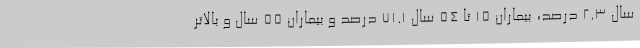
سال 2.3 درصد، بیماران 15 تا 54 سال 71.1 درصد و بیماران 55 سال و بالاتر